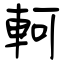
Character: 軻